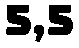
5,5